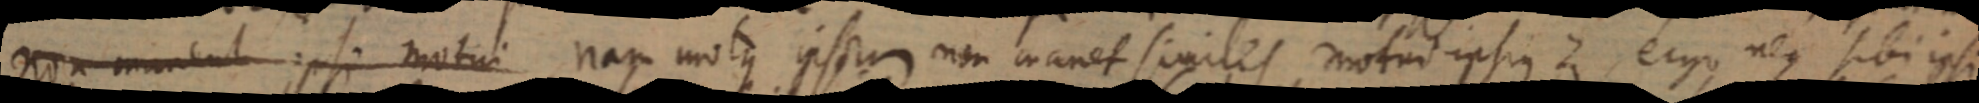
non manent ipsi motui nam motus ipsum non manet similes, motus ipsius Z ergo neque sibi ipsi